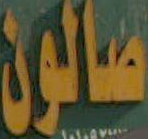
صالون